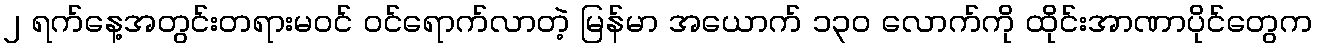
၂ ရက်နေ့အတွင်းတရားမဝင် ဝင်ရောက်လာတဲ့ မြန်မာ အယောက် ၁၃၀ လောက်ကို ထိုင်းအာဏာပိုင်တွေက